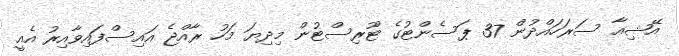
އޭޝިއާ ސަރަހައްދުން 37 ޕަސެންޓުގެ ޓޫރިސްޓުން މިދިޔަ މަހު ރާއްޖެ އައިސްފައިވާއިރު އެއީ